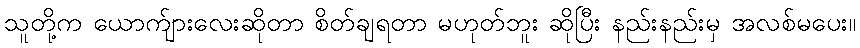
သူတို့က ယောက်ျားလေးဆိုတာ စိတ်ချရတာ မဟုတ်ဘူး ဆိုပြီး နည်းနည်းမှ အလစ်မပေး။